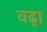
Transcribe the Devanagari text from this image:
वढ्रा